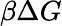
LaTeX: \beta\Delta G